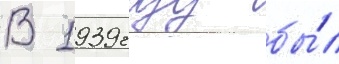
В 1939 году бы́л